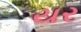
યર